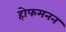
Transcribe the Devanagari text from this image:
होफमनन